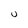
Character: U